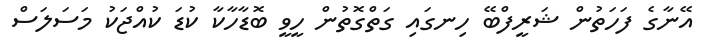
އޭނާގެ ފަހަތުން ޝަރީފްބޭ ހިނގައި ގަތްގޮތުން ހީވީ ބޮޑާހާކާ ކުޑަ ކުއްޖަކު މަސަލަސް